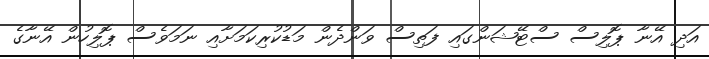
އަދި އޭނާ ޕޮލިސް ސްޓޭޝަންގައި ފަތިސް ވަންދެން މަޑުކުރިކަމަށާއި ނަމަވެސް ޕޮލިހުން އޭނާގެ